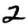
Digit: 2